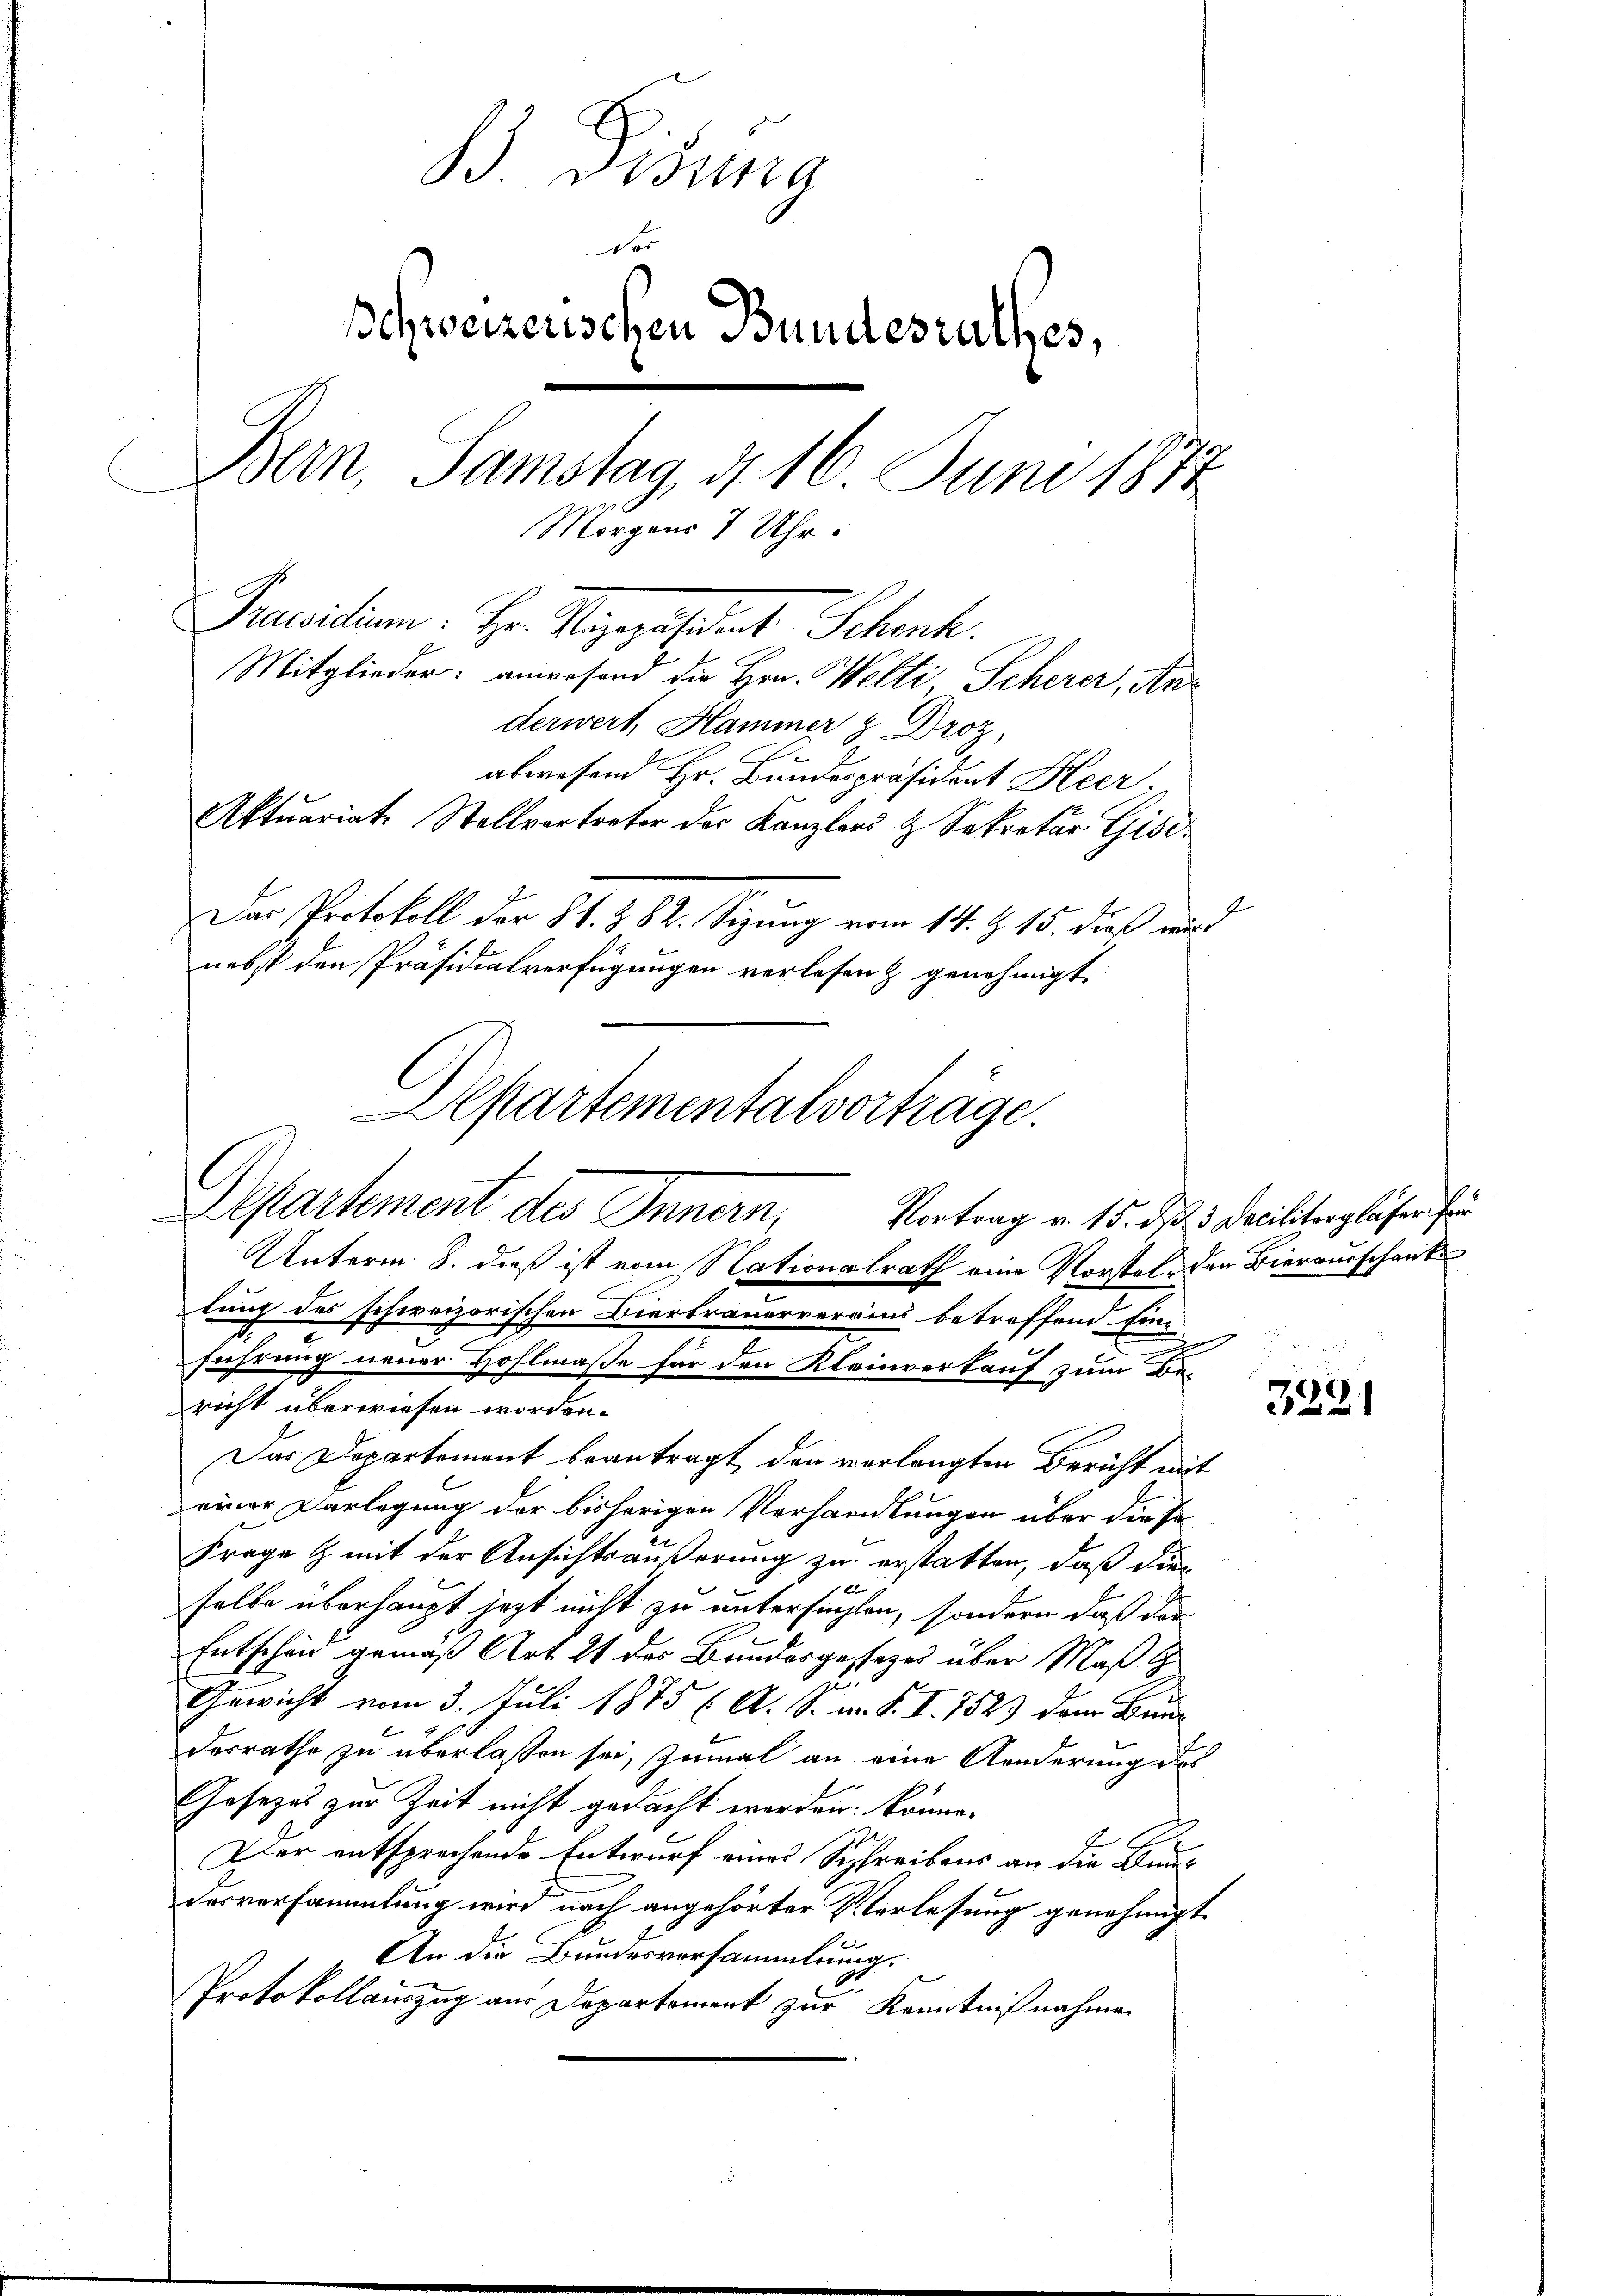
B. Weisung
Schweizerischen Bundesrathes,
Bern, Samstag, d. 16. Juni 1874.
Morgen
7 Uhr.
Pravitium. Hr. Weigepasstent Schenk.
Mitglieder: anwesend die Hrn. Welti Scherer, Anderwert, Hammer z Droz,
abwesend Hr. Bundespräsident Heer.
Aktuariat. Stellvertreter der Kanzlers & Sekretär Gisi¬
Das Protokoll der § 1. Z. 82. Sizung vom 14. Z. 15. dieß wird
nebst den Präsidialverfügungen verlesen & genehmigt.

Apartementalvortrage.
l
Departement des Innern, Vortrag v. 15. d. 3. Decilitargläser für

Unterm 8. dieß ist vom Nationalrath eine Vorstele den Bierausschank
lung des schweizerischen Bierbrauerverains betreffend Ein-
führung neuer Hohlmaße für den Kleinverkauf zum Be-
richt überwiesen worden.
Das Departement beantragt, den verlangten Bericht mit
einer Darlegung der bisherigen Verhandlungen über die se
Frage & mit der Ansichtsäußerung zu erstatten, daß dies
E
selbe überhaupt jezt nicht zu untersuchten, sondern daß die
Entscheid gemäß Art. 21 des Bundesgesezes über Maß H
g
Gewicht vom 3. Juli 1875 (A. S. m. S. I. 7523 dem Bundesrathe zu überlassen sei, zumal an eine Aenderung des
Gesetzes zur Zeit nicht gedacht worden könne.
.
Der entsprechende Entwurf eines Schreibens an die Bundesversammlung wird nach angehörter Verlesung genehmigt.
An die Bundesversammlung.
Protokollauszug aus Departement zur Kenntnißnahme

3221